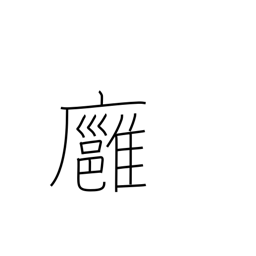
Meaning: mild